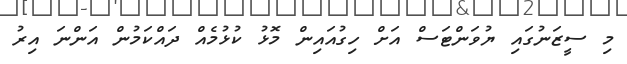
މި ސީޒަނުގައި ޔުވަންޓަސް އަށް ހިގުއައިން މޮޅު ކުޅުމެއް ދައްކަމުން އަންނަ އިރު